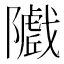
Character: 𱀽